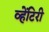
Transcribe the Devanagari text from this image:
व्हेंटिरी